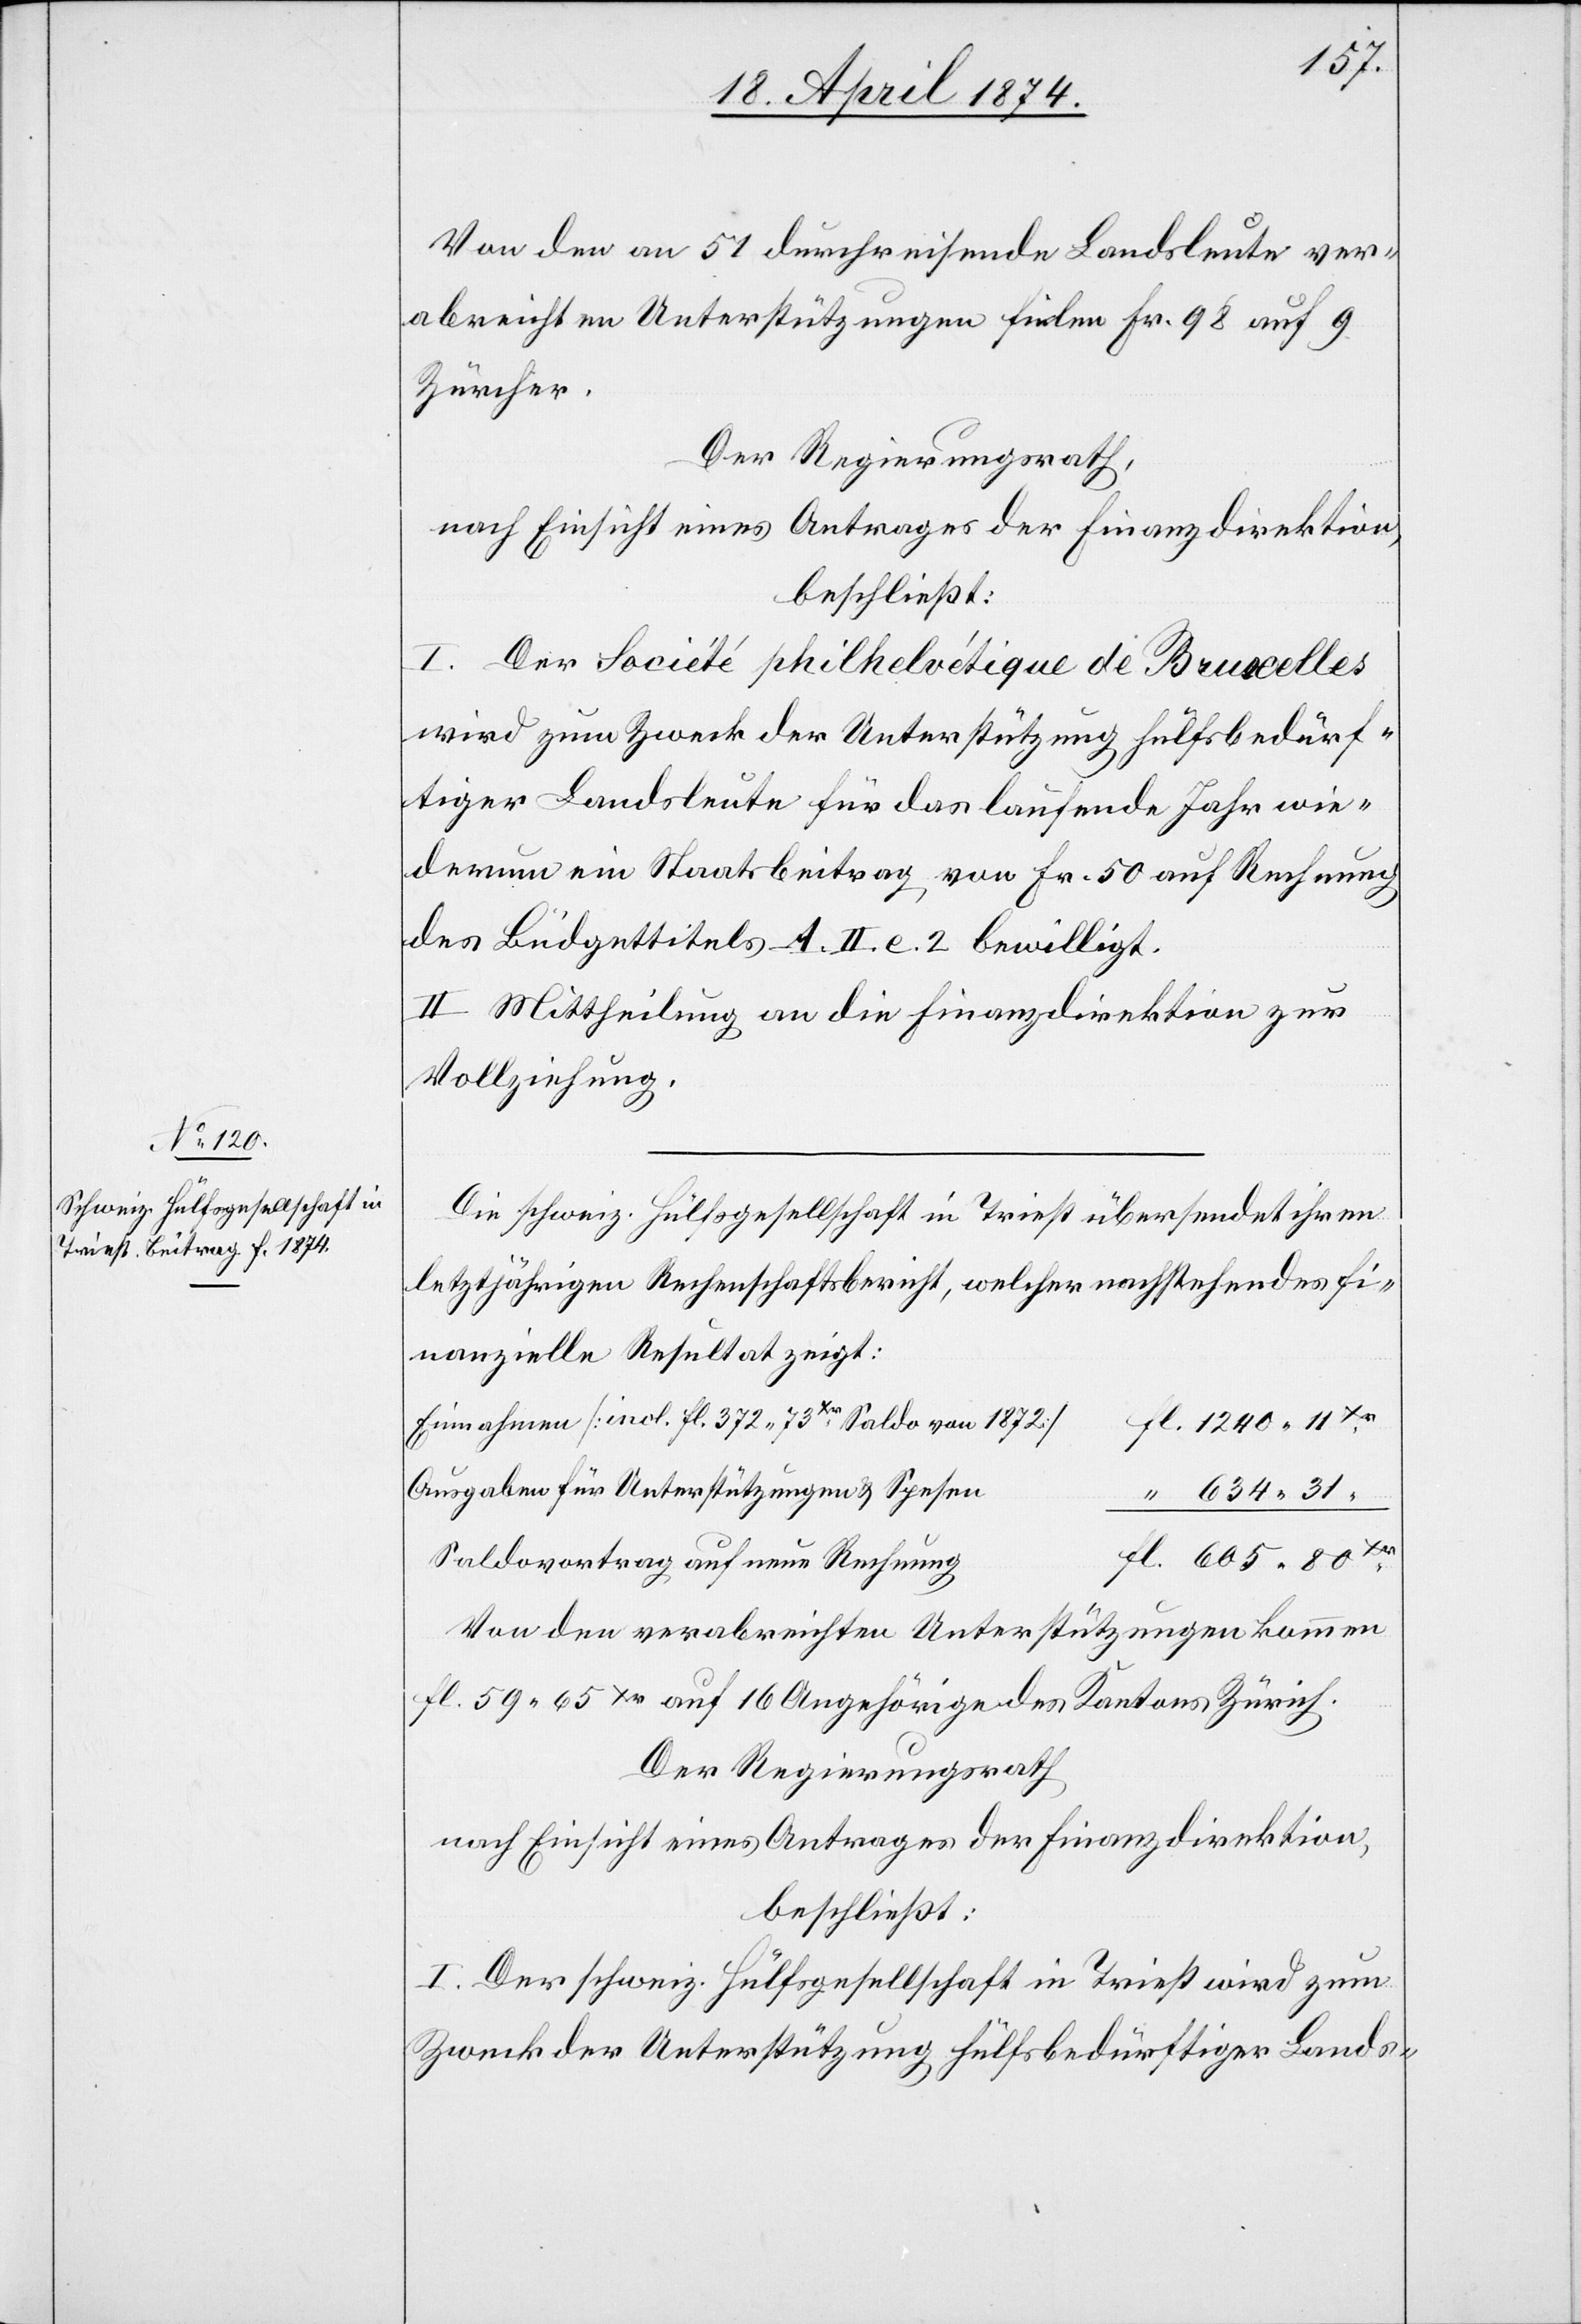
Von den an 51 durchreisende Landsleute ver¬
abreichten Unterstützungen fielen Fr. 98 auf 9
Zürcher.
Der Regierungsrath,
nach Einsicht eines Antrages der Finanzdirektion,
beschließt:
I. Der Société philhelvétique de Bruxelles
wird zum Zweck der Unterstützung hülfsbedürf¬
tiger Landsleute für das laufende Jahr wie¬
derum ein Staatsbeitrag von Fr. 50 auf Rechnung
des Büdgettitels A. II. e. 2. bewilligt.
II. Mittheilung an die Finanzdirektion zur
Vollziehung.
Die schweiz. Hülfsgesellschaft in Triest übersendet ihren
letztjährigen Rechenschaftsbericht, welcher nachstehendes fi¬
nanzielles Resultat zeigt:
Einnahmen [incl. fl. 372.73 Xr. Saldo von 1872]		f¬
l. 1240.11
Ausgaben für Unterstützungen u. Spese¬
“ 634.31 “
l. 605.80 Xr.
Saldovortrag auf neue Rechnun¬
Von den verabreichten Unterstützungen kommen
fl. 59.65 Xr. auf 16 Angehörige des Kantons Zürich.
Der Regierungsrath
nach Einsicht eines Antrages der Finanzdirektion,
beschließt:
I. Der schweiz. Hülfsgesellschaft in Triest wird zum
Zweck der Unterstützung hülfsbedürftiger Lands-

g			f¬